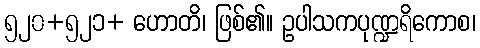
၅၂၀+၅၂၁+ ဟောတိ၊ ဖြစ်၏။ ဥပါသကပုဏ္ဍရိကောစ၊